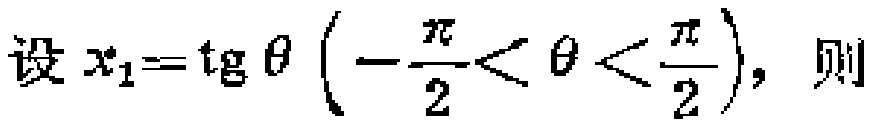
设 \(x_{1}=\operatorname{tg} \theta \left(-\frac{\pi}{2}<\theta<\frac{\pi}{2}\right)\)，则